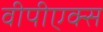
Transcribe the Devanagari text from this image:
वीपीएक्स